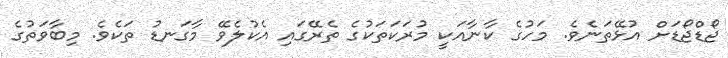
ޖޯޑްޖޯޑަށް އުޅޭތަނެވެ. މަހުގެ ކާނާއަކީ މުރަކަތަކުގެ ތެރޭގައި އެކުލެވޭ މާގަނޑު ތަކެވެ. މިބާވަތުގެ